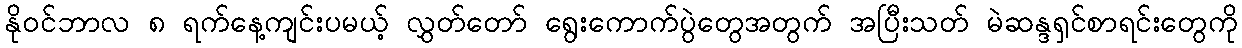
နိုဝင်ဘာလ ၈ ရက်နေ့ကျင်းပမယ့် လွှတ်တော် ရွေးကောက်ပွဲတွေအတွက် အပြီးသတ် မဲဆန္ဒရှင်စာရင်းတွေကို